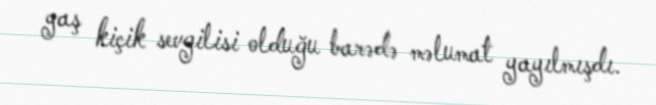
yaş kiçik sevgilisi olduğu barədə məlumat yayılmışdı.